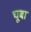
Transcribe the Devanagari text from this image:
चूबा